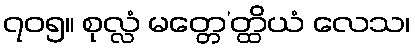
၇၀၅။ စုလ္လံ မတ္တေ’တ္ထိယံ လေသ၊